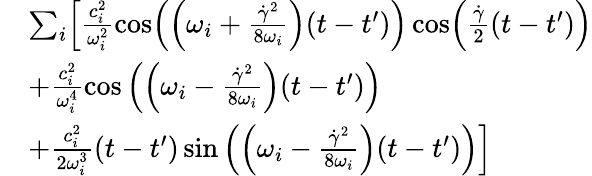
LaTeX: \begin{array}{rl}&{\sum_{i}\Bigl[\frac{c_{i}^{2}}{\omega_{i}^{2}}\cos\Bigl(\Bigl(\omega_{i}+\frac{\dot{\gamma}^{2}}{8\omega_{i}}\Bigr)(t-t^{\prime})\Bigr)\cos\Bigl(\frac{\dot{\gamma}}{2}(t-t^{\prime})\Bigr)}\\ &{+\frac{c_{i}^{2}}{\omega_{i}^{4}}\cos\left(\Bigl(\omega_{i}-\frac{\dot{\gamma}^{2}}{8\omega_{i}}\Bigr)(t-t^{\prime})\right)}\\ &{+\frac{c_{i}^{2}}{2\omega_{i}^{3}}(t-t^{\prime})\sin\left(\Bigl(\omega_{i}-\frac{\dot{\gamma}^{2}}{8\omega_{i}}\Bigr)(t-t^{\prime})\right)\Bigr]}\end{array}